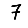
Digit: 7